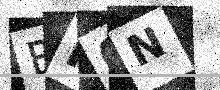
Text: BP0N